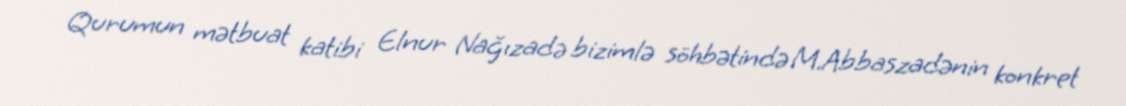
Qurumun mətbuat katibi Elnur Nağızadə bizimlə söhbətində M.Abbaszadənin konkret